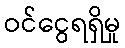
ဝင်ငွေရရှိမှု